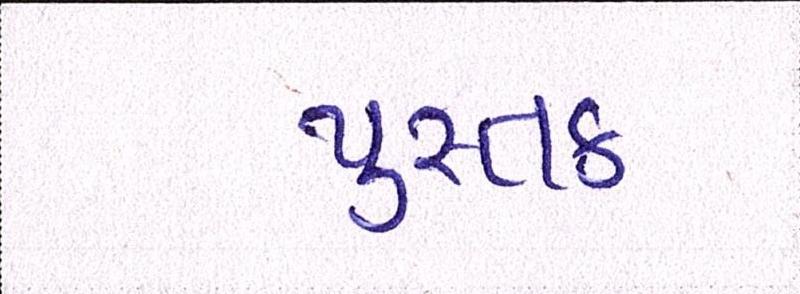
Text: પુસ્તક